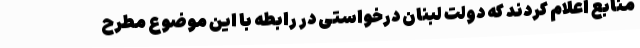
منابع اعلام کردند که دولت لبنان درخواستی در رابطه با این موضوع مطرح